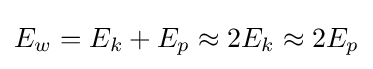
E_{w}=E_{k}+E_{p}\approx 2E_{k}\approx 2E_{p}